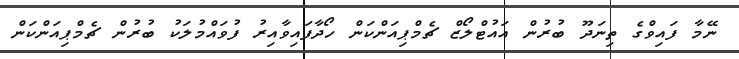
ނޭމާ ފައިވްގެ ތިނަދޫ ބުރުން އައުޓްލޯޒް ޗެމްޕިއަންކަން ހޯދާފައިވާއިރު ފުވައްމުލަކު ބުރުން ޗެމްޕިއަންކަން